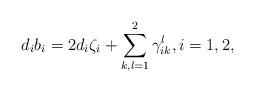
LaTeX: \begin{align*}d_ib_i=2d_i\zeta_i+\sum_{k,l=1}^2\gamma_{ik}^l,i=1,2,\end{align*}